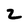
Character: 2